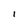
Character: 1